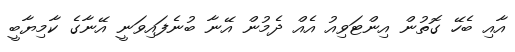
އާއި ބެހޭ ގޮތުން އިންޓަވިއު އެއް ދެމުން އޭނާ ބުނެފައިވަނީ އޭނާގެ ކާމިޔާބީ